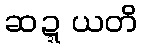
ဆဍ္ဍယတိ